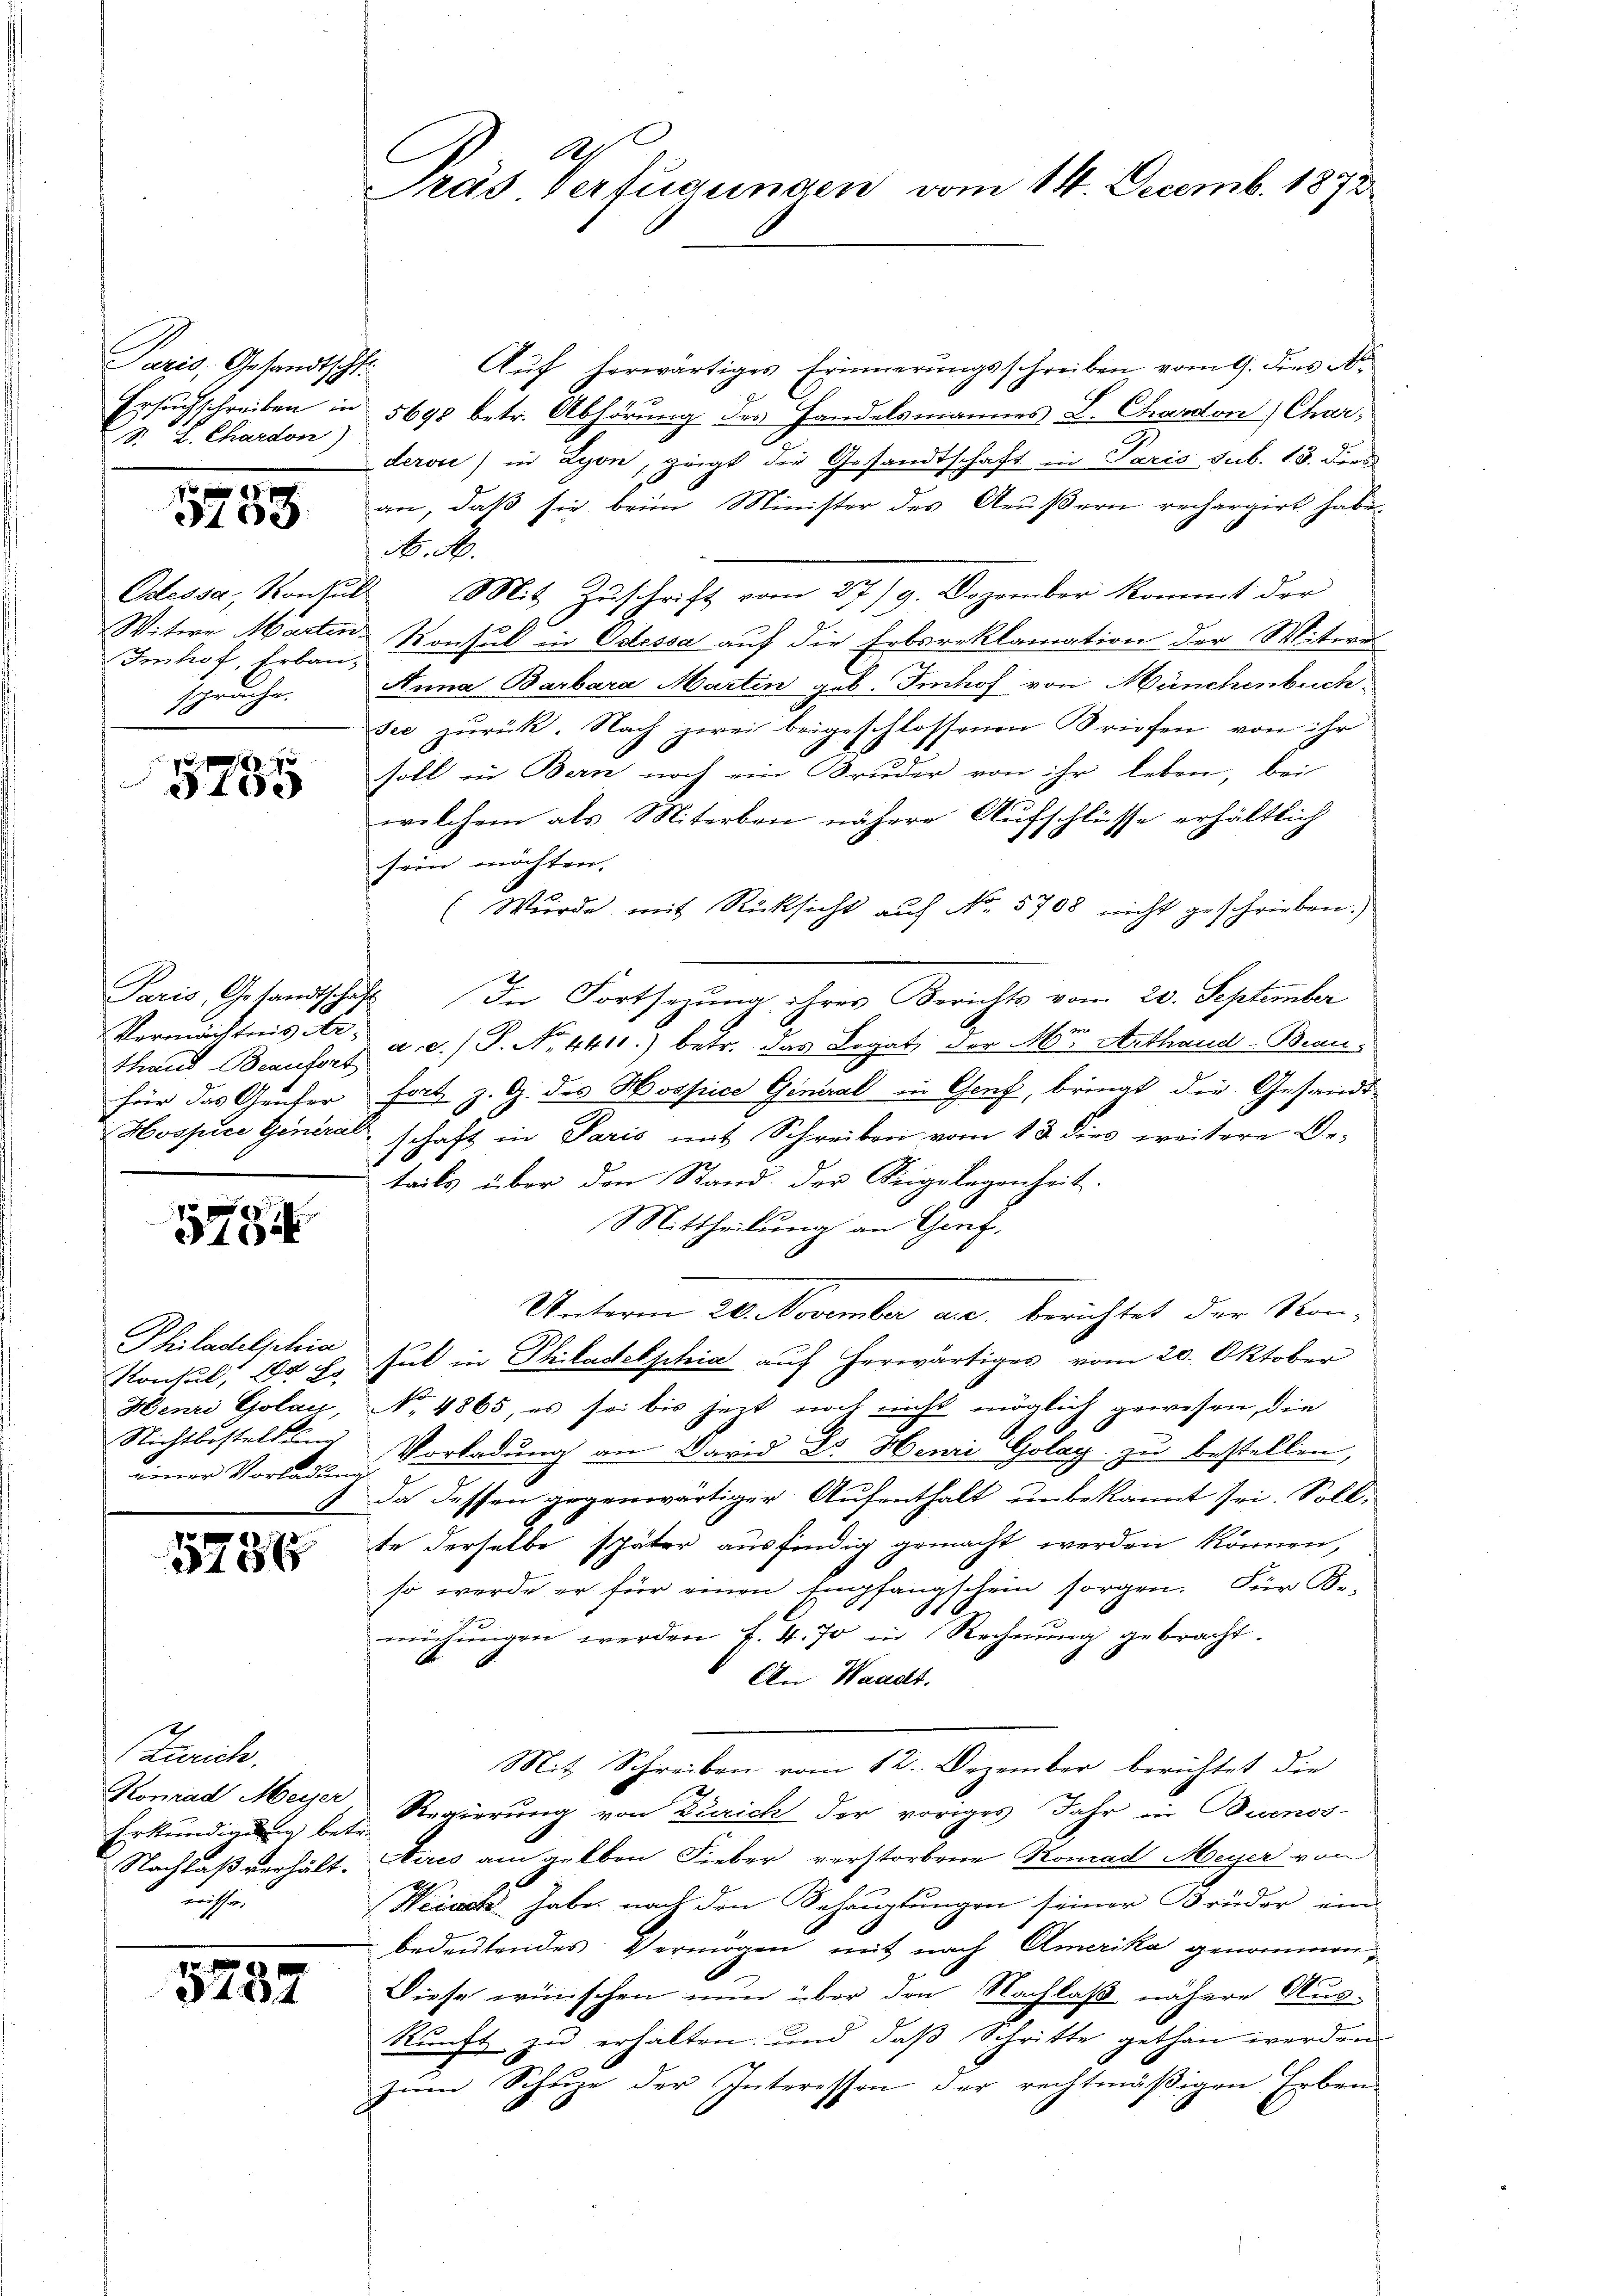
Paris, Gesandtscht.
Ersuchschreiben in
S. J. Chardon)

5758.

Odessa, Konkur
Witwe Marten.
Imhof, Erbau
wache
1

100

Paris, Gesandtscha
Vermächtnis Ar-
Thand Beautort
für das Genter
Hospice General

5784

Philadelschia
Konsul, 190 Fr.
Henri Golan,
Nichtbestellung
niner Vorladun

5786

Bzurich.
Konrad Meyer
Erkundigung betr.
Nachlaß verhält.
nächsten

.
5237

a
Pras Verfügungen vom 14. Decemb. 1878

Auf herwärtiges Erinnerungsschreiben vom 9. dies
5698 betr. Abhörung des Handelsmannes L. Chardon (Char,
dervi) in Lyon, zeigt die Gesandtschaft in Paris sub. 13. dies
an, daß sie beim Minister des Aeußern rechargirt habe
N. N.
Mit Zuschrift vom 27./9. Dezember kommt der
Konsul in Odessa auf die Erbsreklamation der Mitei
Anna Barbara Martin geb. Imhof von Münchenbuch
see zurück. Nach zwei beigeschlossenen Briefen von ihr
soll in Bern noch ein Bruder von ihr leben, bei
welchem als Miterben nähere Aufschlüsse erhältlich
sein möchten.
(Wurde mit Rücksicht auf No 5708 nicht geschrieben.)
4. In Fortsezung ihres Berichts vom 20. September
a. c.) S. Nr. 4411.) betr. das Legat der Mr. Arthand-Bean
fort z. G. des Hospice General in Genf, bringt die Gesandt-
schaft in Paris mit Schreiben vom 13. dies weitere Be-
teils über den Stand der Sengelegenheit.
Mittheilung an Genf.
Unterm 20. November a.c. berichtet der Kon-
sul in Philadelphia auf herwärtiges vom 20. Oktober
No. 4865, es sei bis jetzt noch nicht möglich gewesen, die
Vorladung an David Dr. Henri Golay zu bestellen,
da dessen gegenwärtiger Aufenthalt unbekannt sei. Sollte derselbe später ausfindig gemacht werden können,
so werde er für einen Empfangschein sorgen. Für Be-
A
mühŭngen werden f. 4. 70 in Rechnŭng gebracht.
An Waadt.
Mit Schreiben vom 12. Dezember berichtet die
Regierung von Zürich der voriges Jahr in Buenos-
Aires am gelben Fieber verstorbene Konrad Meyer von
Weiach habe, nach den Schauptungen seiner Brüder ein
bedeutendes Vermögen mit nach Amerika genommen
Diese wünschen nun über den Nachlaß nähere Auskunft zu erhalten und daß Schritte gethan werden
zŭm Schŭze der Interessen der rechtmäβigen Erben-